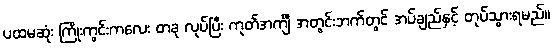
ပထမဆုံး ကြိုးကွင်းကလေး တခု လုပ်ပြီး ကုတ်အင်္ကျီ အတွင်းဘက်တွင် အပ်ချည်နှင့် တုပ်သွားရမည်။